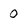
Character: 0